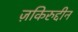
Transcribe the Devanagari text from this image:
ज़किरुद्दीन